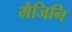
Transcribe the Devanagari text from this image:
मैजिनि